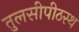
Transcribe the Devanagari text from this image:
तुलसीपीठस्थ